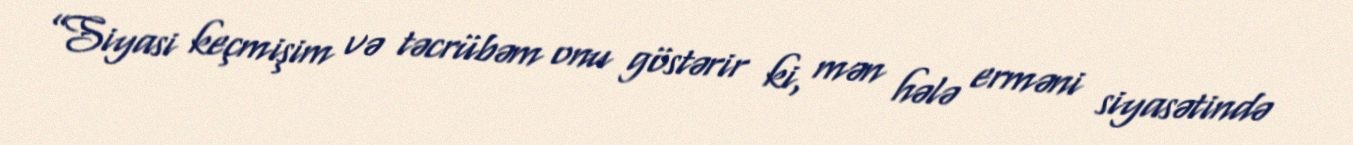
”Siyasi keçmişim və təcrübəm onu göstərir ki, mən hələ erməni siyasətində